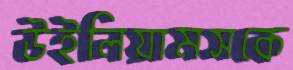
উইলিয়ামসকে